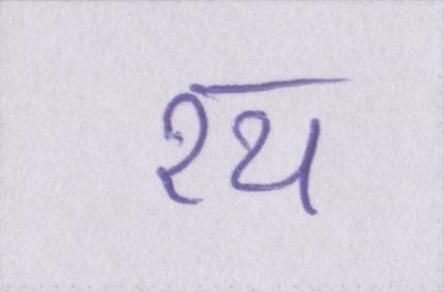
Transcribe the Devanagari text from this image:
रथ